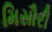
મિસૌરી